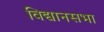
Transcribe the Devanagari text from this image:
विद्यानसभा